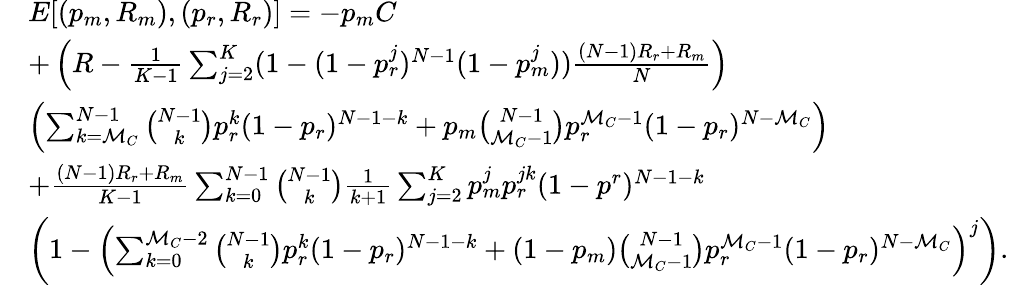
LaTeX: \begin{array}{rl}&{E[(p_{m},R_{m}),(p_{r},R_{r})]=-p_{m}C}\\ &{+\left(R-\frac{1}{K-1}\sum_{j=2}^{K}(1-(1-p_{r}^{j})^{N-1}(1-p_{m}^{j}))\frac{(N-1)R_{r}+R_{m}}{N}\right)}\\ &{\left(\sum_{k=\mathcal{M}_{C}}^{N-1}{\binom{N-1}{k}}p_{r}^{k}(1-p_{r})^{N-1-k}+p_{m}{\binom{N-1}{\mathcal{M}_{C}-1}}p_{r}^{\mathcal{M}_{C}-1}(1-p_{r})^{N-\mathcal{M}_{C}}\right)}\\ &{+\frac{(N-1)R_{r}+R_{m}}{K-1}\sum_{k=0}^{N-1}{\binom{N-1}{k}}\frac{1}{k+1}\sum_{j=2}^{K}p_{m}^{j}p_{r}^{jk}(1-p^{r})^{N-1-k}}\\ &{\left(1-\left(\sum_{k=0}^{\mathcal{M}_{C}-2}{\binom{N-1}{k}}p_{r}^{k}(1-p_{r})^{N-1-k}+(1-p_{m}){\binom{N-1}{\mathcal{M}_{C}-1}}p_{r}^{\mathcal{M}_{C}-1}(1-p_{r})^{N-\mathcal{M}_{C}}\right)^{j}\right).}\end{array}